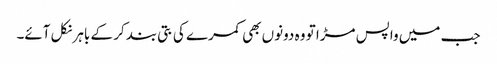
جب میں واپس مڑا تو وہ دونوں بھی کمرے کی بتی بند کر کے باہر نکل آئے۔